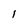
Character: 1